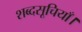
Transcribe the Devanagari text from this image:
शब्दसूचियाँ।